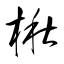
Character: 楸